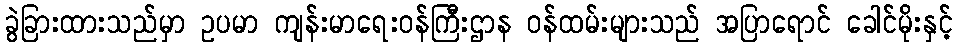
ခွဲခြားထားသည်မှာ ဥပမာ ကျန်းမာရေးဝန်ကြီးဌာန ဝန်ထမ်းများသည် အပြာရောင် ခေါင်မိုးနှင့်